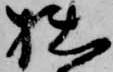
拙